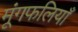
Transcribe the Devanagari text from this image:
मूंगफलियाँ